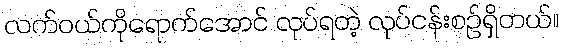
လက်ဝယ်ကိုရောက်အောင် လုပ်ရတဲ့ လုပ်ငန်းစဉ်ရှိတယ်။